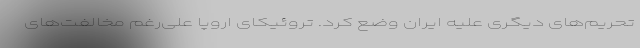
تحریم‌های دیگری علیه ایران وضع کرد. تروئیکای اروپا علی‌رغم مخالفت‌های